Leaving Certificate Examination, 1911
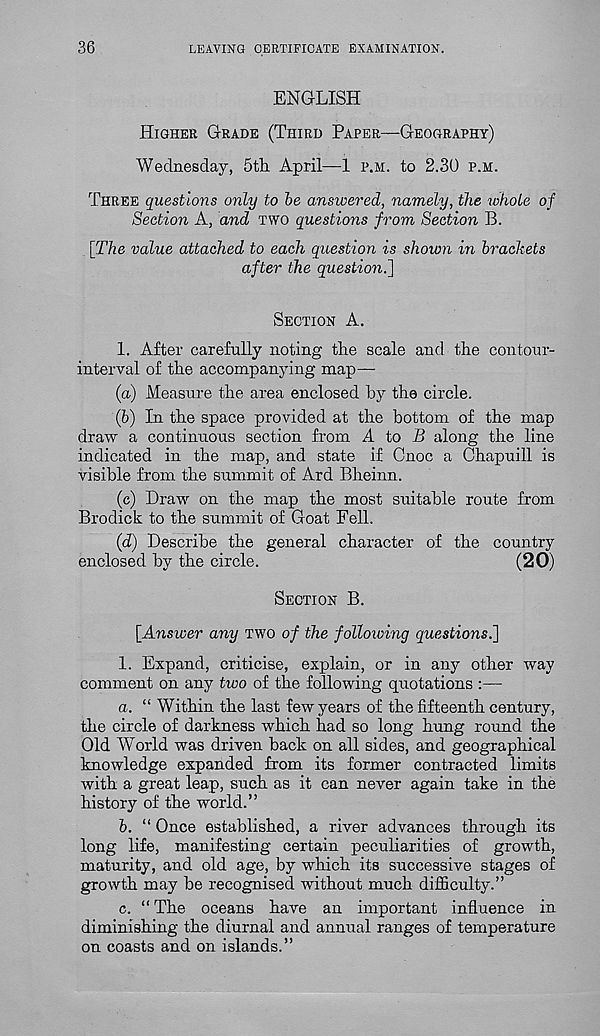
36
LEAVING CERTIFICATE EXAMINATION.
ENGLISH
Higher Grade (Third Paper—Geography)
Wednesday, 5th. April—1 p.m. to 2.30 p.m.
Three questions only to be answered, namely, the whole of
Section A, and two questions from Section B.
[The value attached to each question is shown in brackets
after the questioni]
Section A.
1. After carefully noting the scale and the contour-
interval of the accompanying map—
(a) Measure the area enclosed by the circle.
(b) In the space provided at the bottom of the map
draw a continuous section from A to B along the line
indicated in the map, and state if Cnoc a Chapuill is
visible from the summit of Ard Bheinn.
(c) Draw on the map the most suitable route from
Brodick to the summit of Goat Fell.
(d) Describe the general character of the country
enclosed by the circle.
(20)
Section B.
[Answer any two of the folloiving questions.]
1. Expand, criticise, explain, or in any other way
comment on any two of the following quotations :—-
a. “ Within the last few years of the fifteenth century,
the circle of darkness which had so long hung round the
Old World was driven back on all sides, and geographical
knowledge expanded from its former contracted limits
with a great leap, such as it can never again take in the
history of the world.”
b. “ Once established, a river advances through its
long life, manifesting certain peculiarities of growth,
maturity, and old age, by which its successive stages of
growth may be recognised without much difficulty.”
c. “ The oceans have an important influence in
diminishing the diurnal and annual ranges of temperature
on coasts and on islands.”